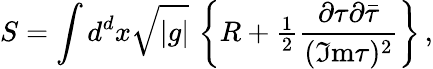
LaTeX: S=\int d^{d}x\sqrt{|g|}\, \left\{ R+{\textstyle\frac{1}{2}}\frac{\partial\tau\partial\bar{\tau}}{(\Im\mathrm{m}\tau)^{2}}\right\} \, ,